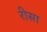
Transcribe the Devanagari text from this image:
रीसा